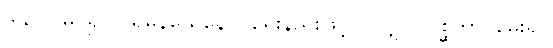
ဒိသွာ၊ မြင်၍။ ပုရိမနယေနေဝ၊ ရှေးနည်းဖြင့်ပင်လျှင်။ ပုစ္ဆိတွာ၊ မေး၍။